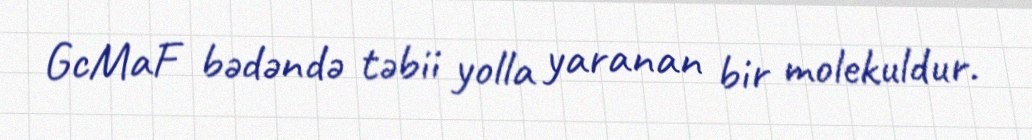
GcMaF bədəndə təbii yolla yaranan bir molekuldur.